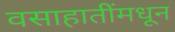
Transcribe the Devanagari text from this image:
वसाहातींमधून